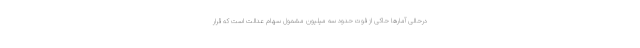
درحالی آمارها حاکی از فوت حدود سه میلیون مشمول سهام عدالت است که قرار